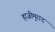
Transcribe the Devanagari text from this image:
हाजीमुराद